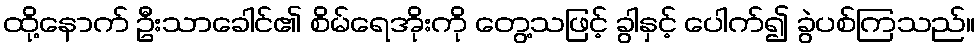
ထို့နောက် ဦးသာခေါင်၏ စိမ်ရေအိုးကို တွေ့သဖြင့် ခွါနှင့် ပေါက်၍ ခွဲပစ်ကြသည်။